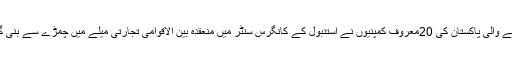
24 جنوری (اے پی پی)چمڑے کی مصنوعات تیار کرنے والی پاکستان کی 20معروف کمپنیوں نے استنبول کے کانگرس سنٹر میں منعقدہ بین الاقوامی تجارتی میلے میں چمڑے سے بنی گارمنٹس،ہینڈ بیگز اور متعلقہ مصنوعات کی نمائش کی۔